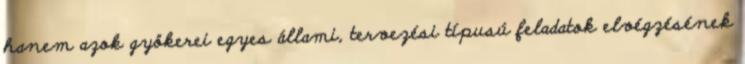
hanem azok gyökerei egyes állami, tervezési típusú feladatok elvégzésének